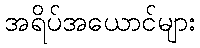
အရိပ်အယောင်များ